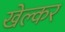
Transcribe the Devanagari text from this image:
खेल्कर